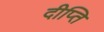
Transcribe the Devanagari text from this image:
दीप्‍ति